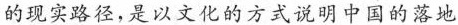
的现实路径,是以文化的方式说明中国的落地